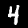
Digit: 4